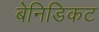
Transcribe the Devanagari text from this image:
बेनिडिकट